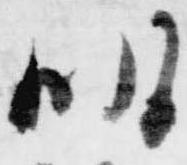
明